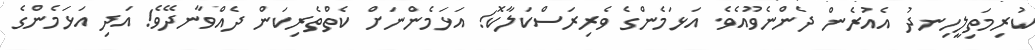
ކުރިމަތިލީހިނދު އެއުރެން ދެންނެވޫއެވެ. އަޅަމެންގެ ވެރިރަސްކަލާކޮ! އަޅަމެންނަށް ކެތްތެރިކަން ދެއްވާނދޭވެ! އަދި އަޅަމެންގެ